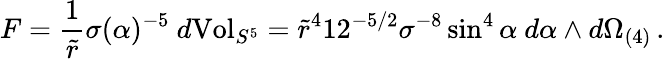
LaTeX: F=\frac{1}{\tilde{r}}\sigma(\alpha)^{-5}\ d\mathrm{Vol}_{S^{5}}=\tilde{r}^{4}12^{-5/2}\sigma^{-8}\sin^{4}\alpha\ d\alpha\wedge d\Omega_{(4)}\, .